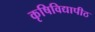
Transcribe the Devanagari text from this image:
कृषिविद्यापीठ